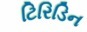
ટિરિડિન